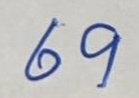
69